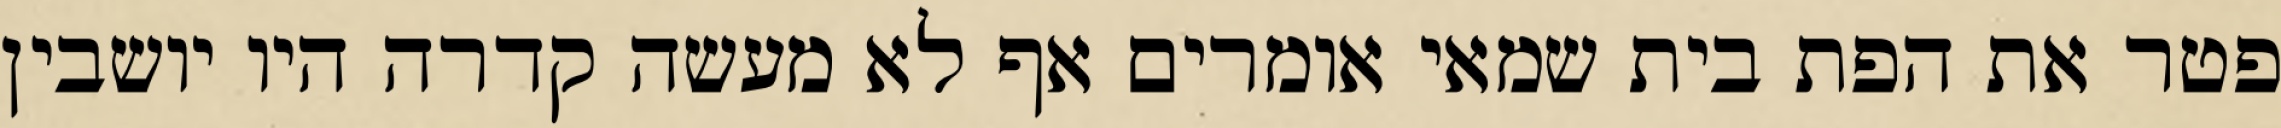
פטר את הפת בית שמאי אומרים אף לא מעשה קדרה היו יושבין